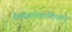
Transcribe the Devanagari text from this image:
चेकोस्लोव्हाकियाने